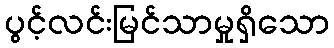
ပွင့်လင်းမြင်သာမှုရှိသော